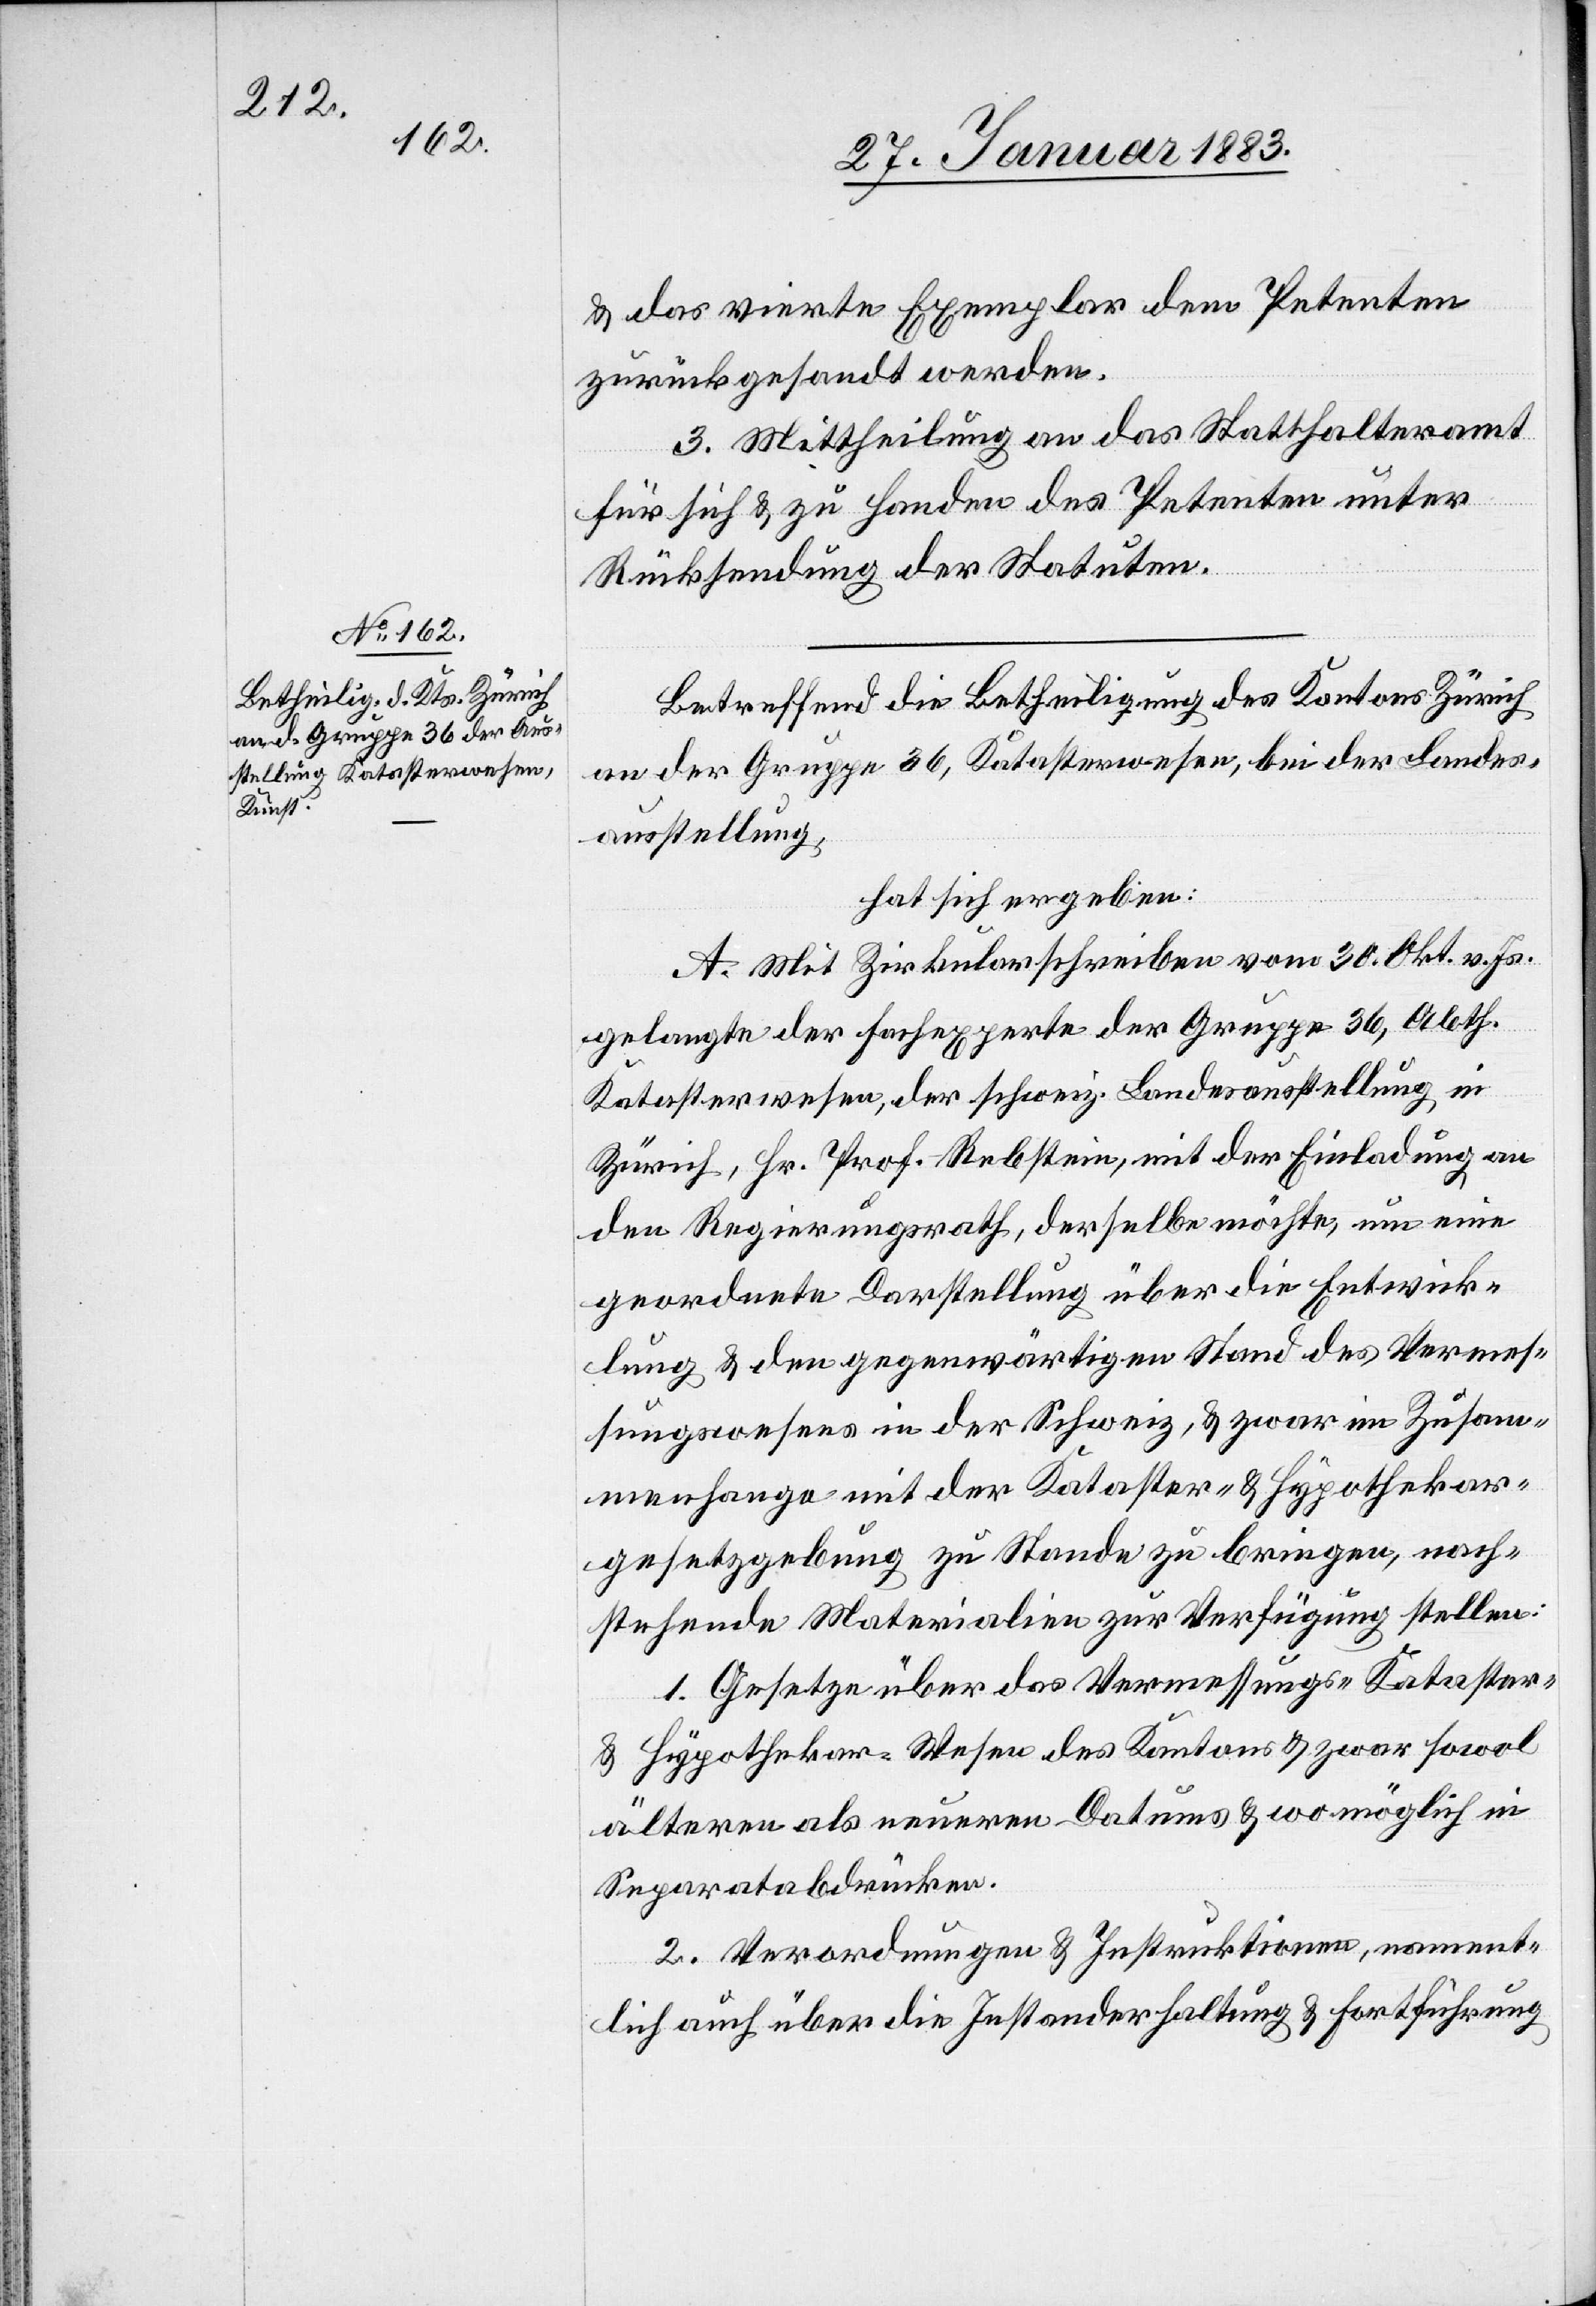
& das vierte Exemplar dem Petenten
zurückgesandt werden.
3. Mittheilung an das Statthalteramt
für sich & zu Handen des Petenten unter
Rücksendung der Statuten.
Betreffend die Betheiligung des Kantons Zürich
an der Gruppe 36, Katasterwesen, bei der Landes¬
ausstellung,
hat sich ergeben:
A. Mit Zirkularschreiben vom 30. Okt. v. Js.
gelangte der Fachexperte der Gruppe 36, Abth.
Katasterwesen, der schweiz. Landesausstellung in
Zürich, Hr. Prof. Rebstein, mit der Einladung an
den Regierungsrath, derselbe möchte, um eine
geordnete Darstellung über die Entwick¬
lung & den gegenwärtigen Stand des Vermes¬
sungswesens in der Schweiz, & zwar im Zusam¬
menhange mit der Kataster- & Hypothekar¬
gesetzgebung zu Stande zu bringen, nach¬
stehende Materialien zur Verfügung stellen:
1. Gesetze über das Vermessungs- Kataster-
& Hypothekar-Wesen des Kantons & zwar sowol
älteren als neueren Datums & wo möglich in
Separatabdrücken.
2. Verordnungen & Instruktionen, nament¬
lich auch über die Instanderhaltung & Fortführung